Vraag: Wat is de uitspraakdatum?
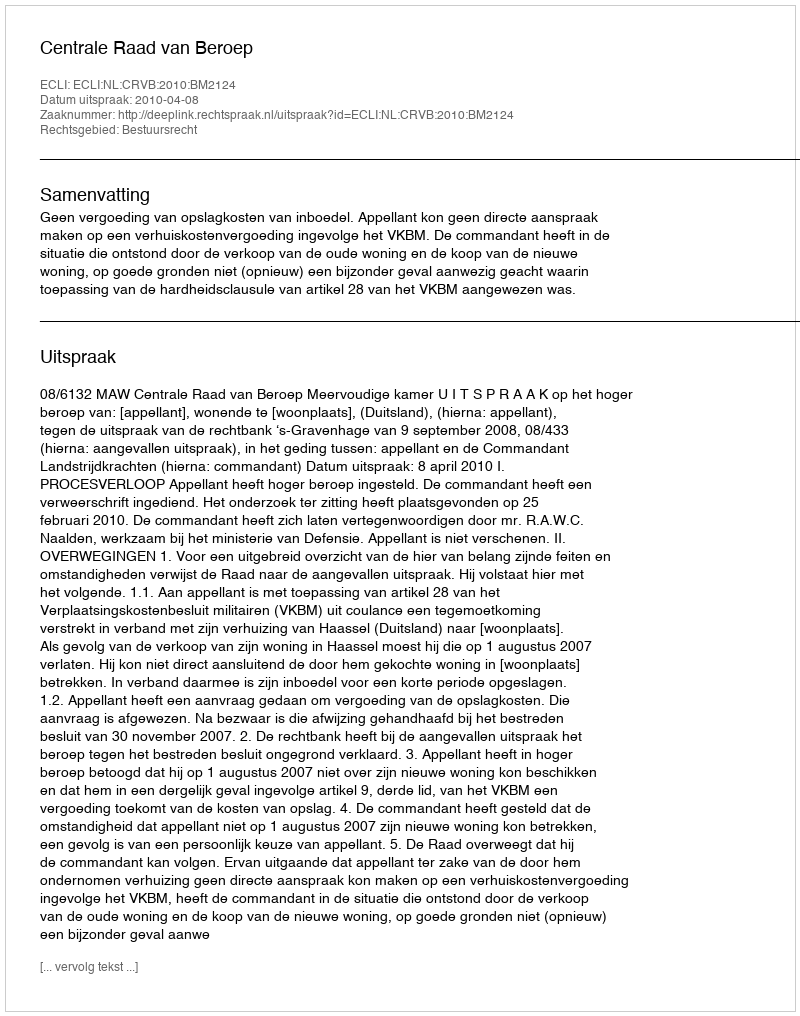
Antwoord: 2010-04-08